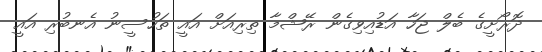
ދޮރޯށީގެ ބެލް ޖަހާ އަޑުއިވިގެން ރޭޝްމާ ތިރިއަށް އައީ ތަހުސީނު އެނބުރި އައީ